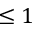
\leq 1